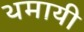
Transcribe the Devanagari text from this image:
थमायी